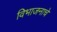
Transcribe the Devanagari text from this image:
विभाजनाचे